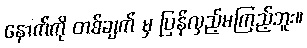
နောက်ကို တစ်ချက် မှ ပြန်လှည့်မကြည့်ဘူး။